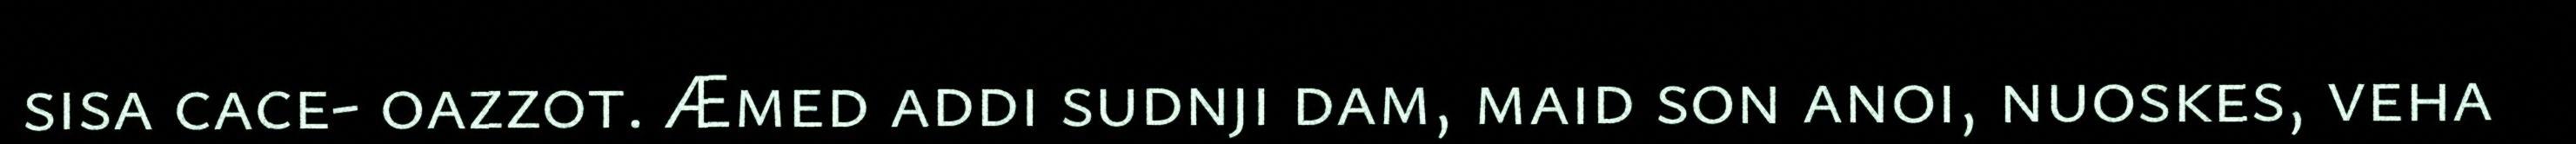
sisa cace- oazz0t. Æmed addi sudnji dam, maid son anoi, nuoskes, veha